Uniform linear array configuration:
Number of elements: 4
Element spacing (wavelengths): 0.25
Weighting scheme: hann
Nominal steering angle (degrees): -15
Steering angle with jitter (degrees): -16.397
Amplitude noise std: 0.05
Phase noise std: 0.05

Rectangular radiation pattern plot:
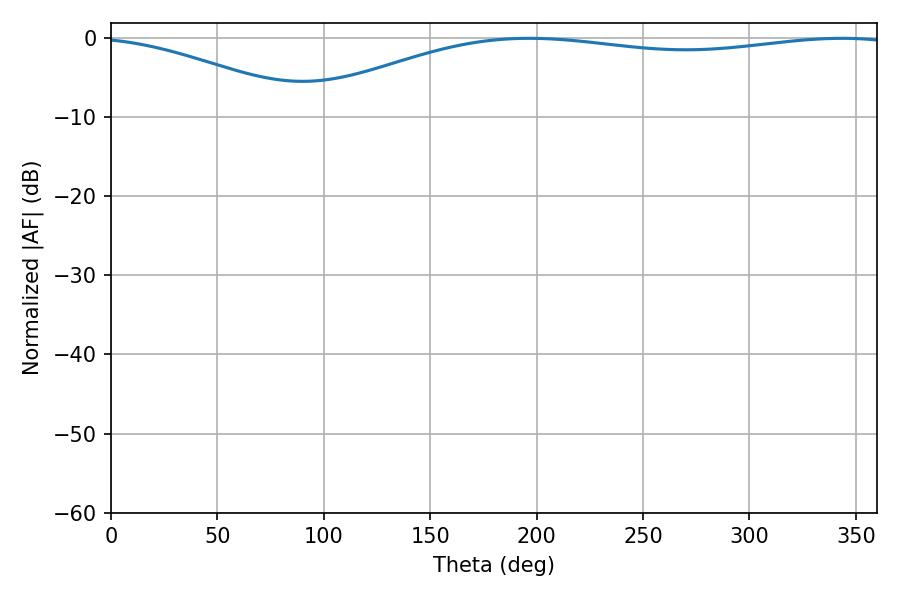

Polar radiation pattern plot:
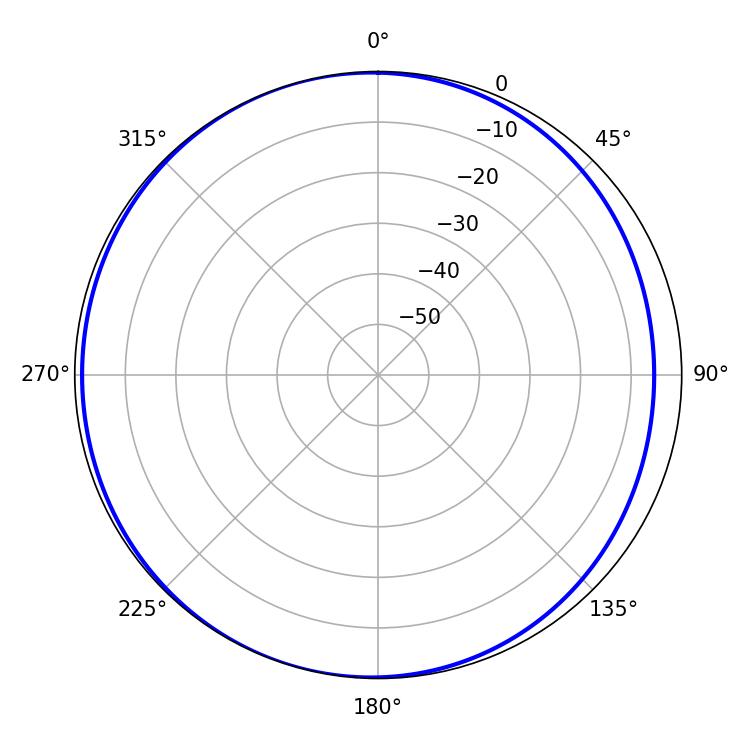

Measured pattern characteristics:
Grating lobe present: FALSE
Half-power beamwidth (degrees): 225.72
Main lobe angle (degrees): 196.38